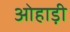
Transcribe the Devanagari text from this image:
ओहाड़ी